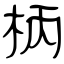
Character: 柄